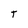
Character: T